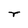
Character: r